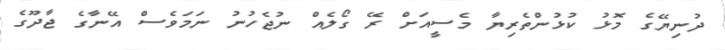
ދުނިޔޭގެ މޮޅު ކުޅުންތެރިޔާ މެސީއަށް ރޭ ގޯލެއް ނުޖެހުނު ނަމަވެސް އޭނާގެ ޖާދޫގެ